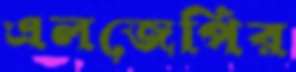
এলজেপির